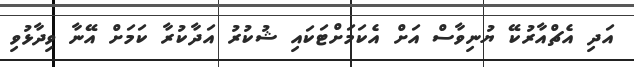
އަދި އެޗްއާރުކޭ ޔުނިވާސް އަށް އެކަމަށްޓަކައި ޝުކުރު އަދާކުރާ ކަމަށް އޭނާ ވިދާޅުވި